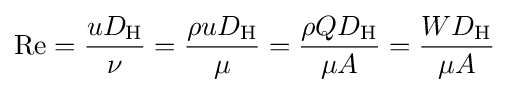
\mathrm {Re} ={\frac {uD_{\text{H}}}{\nu }}={\frac {\rho uD_{\text{H}}}{\mu }}={\frac {\rho QD_{\text{H}}}{\mu A}}={\frac {WD_{\text{H}}}{\mu A}}